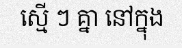
ស្មើ ៗ គ្នា នៅក្នុង